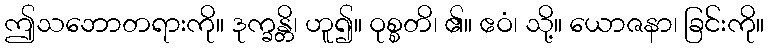
ဤသဘောတရားကို။ ဒုက္ခန္တိ၊ ဟူ၍။ ဝုစ္စတိ၊ ၏။ ဧဝံ၊ သို့။ ယောဇနာ၊ ခြင်းကို။